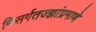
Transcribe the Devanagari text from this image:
निसर्गतज्ज्ञांप्रमाणे